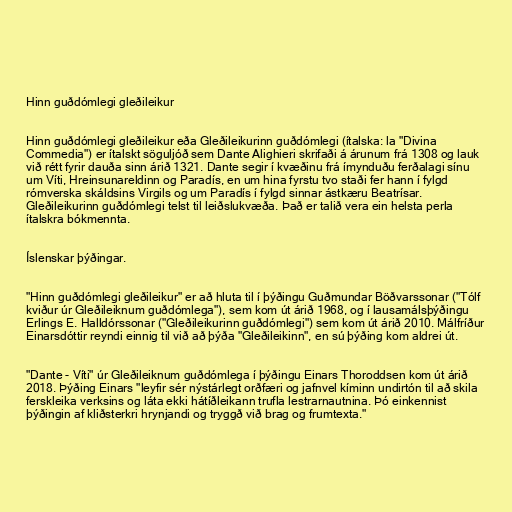
Hinn guðdómlegi gleðileikur

Hinn guðdómlegi gleðileikur eða Gleðileikurinn guðdómlegi (ítalska: la "Divina
Commedia") er ítalskt söguljóð sem Dante Alighieri skrifaði á árunum frá 1308 og lauk
við rétt fyrir dauða sinn árið 1321. Dante segir í kvæðinu frá ímynduðu ferðalagi sínu
um Víti, Hreinsunareldinn og Paradís, en um hina fyrstu tvo staði fer hann í fylgd
rómverska skáldsins Virgils og um Paradís í fylgd sinnar ástkæru Beatrísar.
Gleðileikurinn guðdómlegi telst til leiðslukvæða. Það er talið vera ein helsta perla
ítalskra bókmennta.

Íslenskar þýðingar.

"Hinn guðdómlegi gleðileikur" er að hluta til í þýðingu Guðmundar Böðvarssonar ("Tólf
kviður úr Gleðileiknum guðdómlega"), sem kom út árið 1968, og í lausamálsþýðingu
Erlings E. Halldórssonar ("Gleðileikurinn guðdómlegi") sem kom út árið 2010. Málfríður
Einarsdóttir reyndi einnig til við að þýða "Gleðileikinn", en sú þýðing kom aldrei út.

"Dante - Víti" úr Gleðileiknum guðdómlega í þýðingu Einars Thoroddsen kom út árið
2018. Þýðing Einars "leyfir sér nýstárlegt orðfæri og jafnvel kíminn undirtón til að skila
ferskleika verksins og láta ekki hátíðleikann trufla lestrarnautnina. Þó einkennist
þýðingin af kliðsterkri hrynjandi og tryggð við brag og frumtexta."